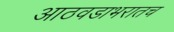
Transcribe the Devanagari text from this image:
आठवडाभरातच